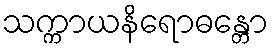
သက္ကာယနိရောဓန္တော